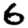
Digit: 6